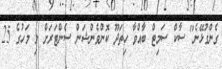
ގެންގުޅޭނެ" ސާކް ސަމިޓް ބާއްވާ ހިތަދޫ ކޮންވެންޝަން ސެންޓަރަށް މި މަހުގެ 25